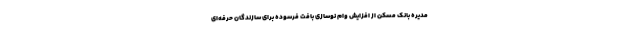
مدیره بانک مسکن از افزایش وام نوسازی بافت فرسوده برای سازندگان حرفه‌ای